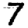
Digit: 7